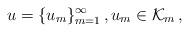
LaTeX: \begin{align*} u=\{u_m\}_{m=1}^\infty\,,u_m\in\mathcal{K}_m\,,\end{align*}